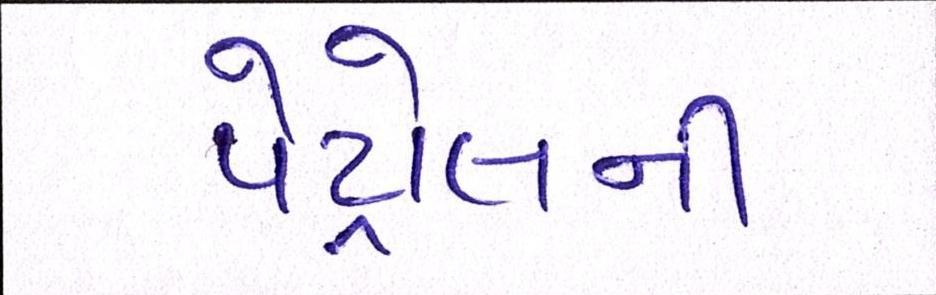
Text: પેટ્રોલની